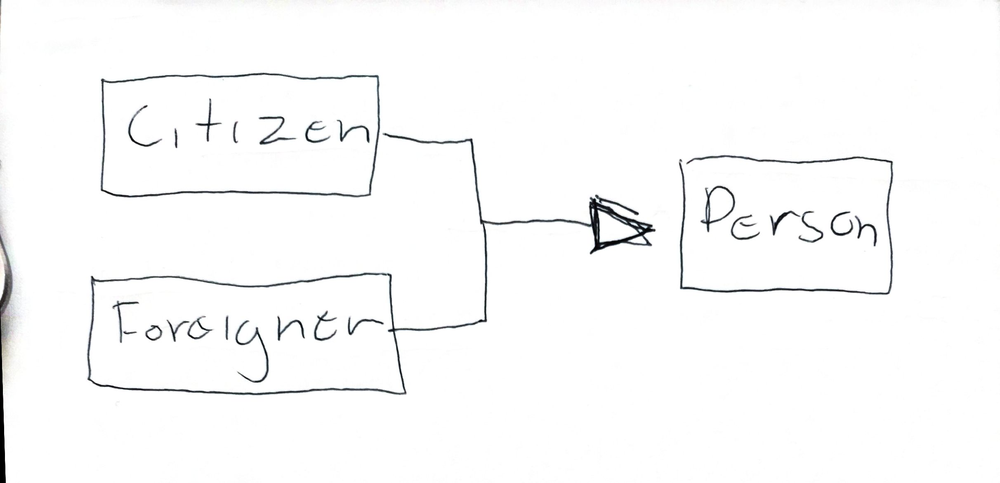
Diagram type: class_diagram
```plantuml
@startuml

left to right direction

class Person

class Citizien extends Person

class Foreigner extends Person

@enduml
```